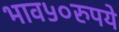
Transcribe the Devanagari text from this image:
भाव५०रुपये